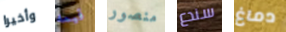
وأخيرا قيمه منصور سندع دماغ